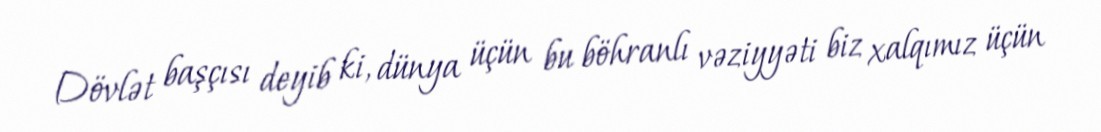
Dövlət başçısı deyib ki, dünya üçün bu böhranlı vəziyyəti biz xalqımız üçün